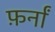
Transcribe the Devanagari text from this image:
फ़र्नां